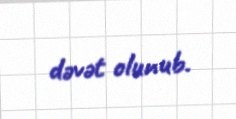
dəvət olunub.